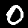
Label: 0